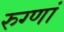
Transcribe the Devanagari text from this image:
रुग्णां